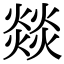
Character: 燚